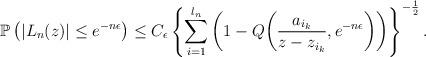
LaTeX: \begin{align*}\mathbb{P}\left(|L_n(z)|\leq e^{-n\epsilon}\right) & \leq C_\epsilon\left\{\sum_{i=1}^{l_n}\left(1-Q\bigg(\frac{a_{i_k}}{z-z_{i_k}},e^{-n\epsilon}\bigg)\right)\right\}^{-\frac{1}{2}}.\end{align*}